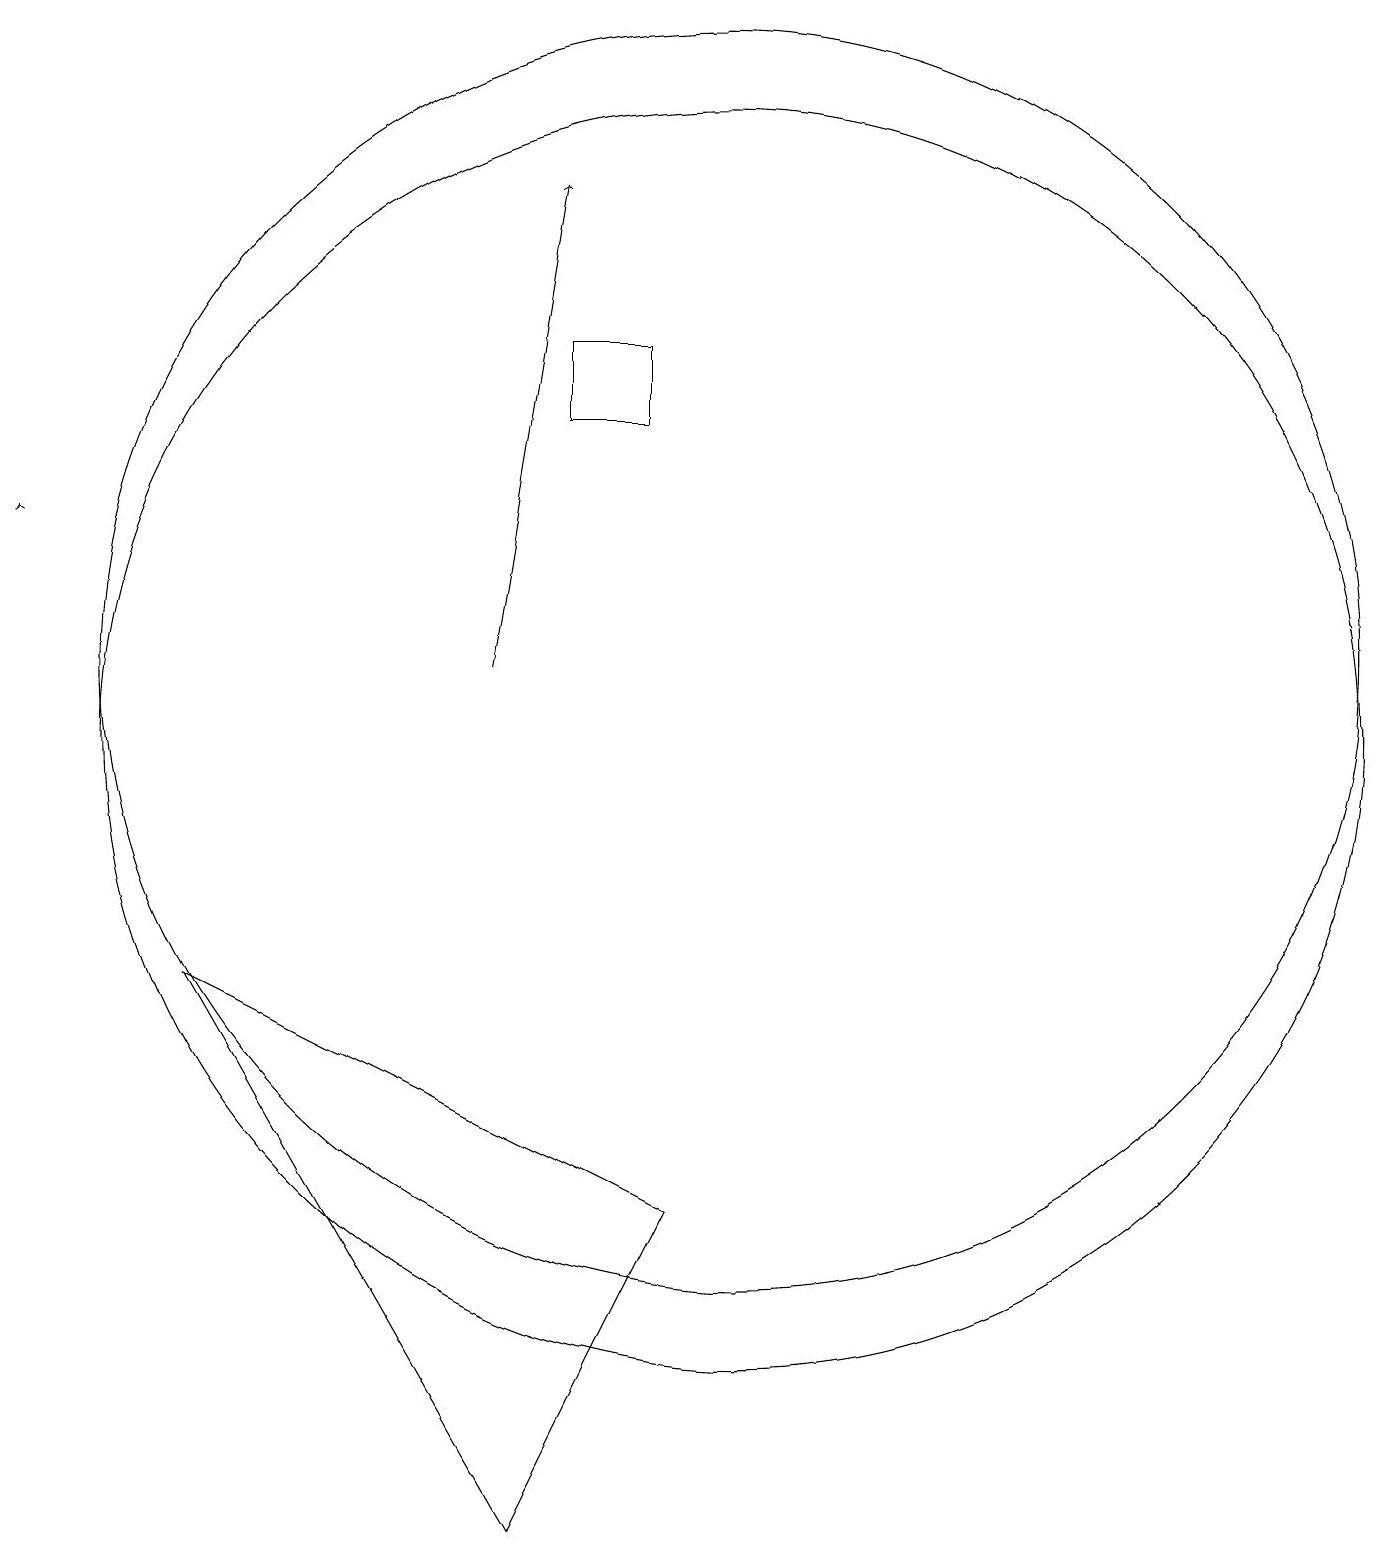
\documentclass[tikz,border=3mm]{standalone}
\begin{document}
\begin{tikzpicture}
\draw (10,11) circle (8);
\draw[->] (1,13) -- (1,13);
\draw[->] (7,11) -- (8,17);
\draw (9,4) -- (7,0) -- (3,7) -- cycle;
\draw (9,14) rectangle (8,15);
\draw (10,10) circle (8);
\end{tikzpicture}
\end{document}